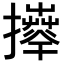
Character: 𢹄